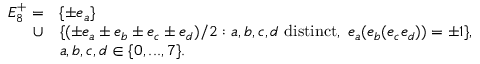
\begin{array} { r l } { { E _ { 8 } ^ { + } = } } & { { \{ \pm e _ { a } \} } } \\ { { \cup } } & { { \{ ( \pm e _ { a } \pm e _ { b } \pm e _ { c } \pm e _ { d } ) / 2 : a , b , c , d \mathrm { ~ d i s t i n c t } , \; e _ { a } ( e _ { b } ( e _ { c } e _ { d } ) ) = \pm 1 \} , } } \\ { { } } & { { a , b , c , d \in \{ 0 , . . . , 7 \} . } } \end{array}